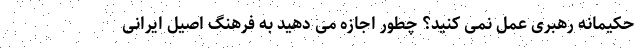
حکیمانه رهبری عمل نمی کنید؟ چطور اجازه می دهید به فرهنگ اصیل ایرانی